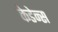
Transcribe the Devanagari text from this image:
केडेन्स